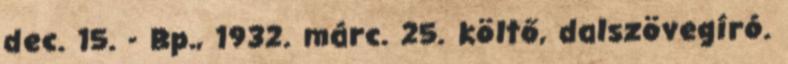
dec. 15. - Bp., 1932. márc. 25. költő, dalszövegíró.